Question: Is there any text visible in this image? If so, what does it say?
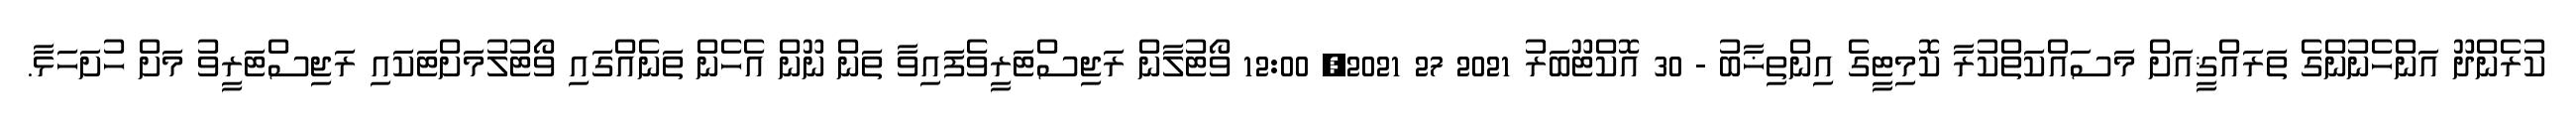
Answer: ކުރެންދޫ އަންހެނުންގެ ތަރައްޤީއަށް މަސައްކަތްކުރާ ކޮމިޓީގެ އިންތިޚާބު - 30 އޮކްޓޫބަރު 2021 27 2021, 12:00 ވޯޓުލާން ރަޖިސްޓަރީވެފައިވާ ތަން ނޫން އެހެން ތަނެއްގައި ވޯޓުލުމަށްޓަކައި ރަޖިސްޓަރީވު މަށް ހުށަހަޅާ.